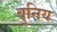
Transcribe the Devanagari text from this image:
बुनिय